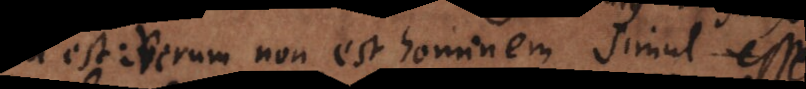
est: verum non est hominem simul esse